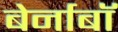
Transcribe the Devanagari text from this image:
बेर्नाबॉ